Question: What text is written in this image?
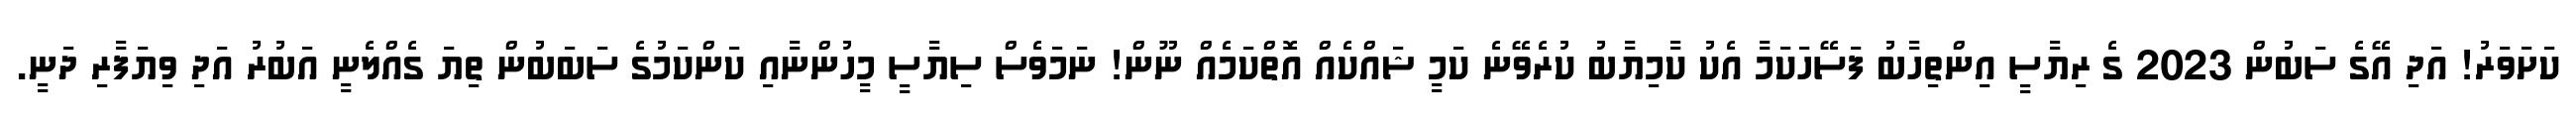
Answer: ކަށަވަރު! އަދި އޭގެ ސަބުން 2023 ގެ ރިޔާސީ އިންތިހާބު ފަސޭހަކަމާ އެކު ކާމިޔާބު ކުރެވޭނެ ކަމީ ޝައްކެއް އޮތްކަމެއް ނޫން! ނަމަވެސް ސިޔާސީ މީހުންނާއި ކަންކަމުގެ ސަބަބުން ތިޔަ ގެއްލެނީ އަބުރު އަދި ވިޔަފާރި ދަނީ.